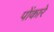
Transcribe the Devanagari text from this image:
पोंकारे